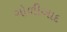
ગોળીબાદ